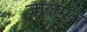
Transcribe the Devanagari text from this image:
जालमंच